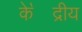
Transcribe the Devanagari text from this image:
के॓द्रीय